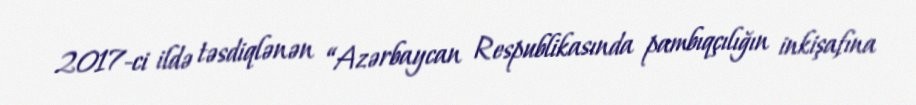
2017-ci ildə təsdiqlənən “Azərbaycan Respublikasında pambıqçılığın inkişafına